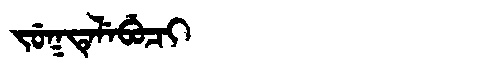
Manchu: ᠵᡠᡴᡨᡝᠯᡝᠪᡠᠴᡳ
Romanization: JUKTELEBUCI